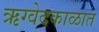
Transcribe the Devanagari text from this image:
ऋग्वेदकाळात